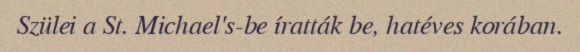
Szülei a St. Michael's-be íratták be, hatéves korában.